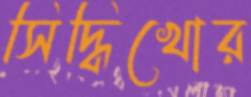
সিদ্ধিখোর